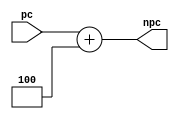
`timescale 1ns / 1ps

module adda(
    input [31:0] pc,
    output reg [31:0] npc
);

    always @(pc)
        npc=pc+4;

endmodule